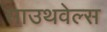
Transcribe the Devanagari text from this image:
साउथवेल्स